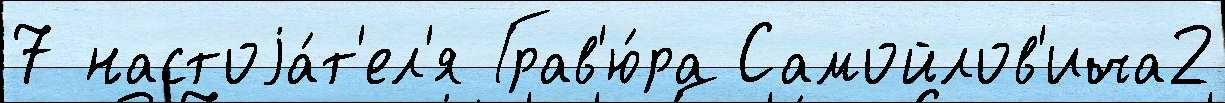
7 настоjа́т'ел'я Грав'ю́ра Самойлов'ича2